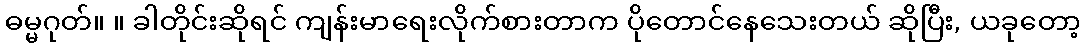
ဓမ္မဂုတ်။ ။ ခါတိုင်းဆိုရင် ကျန်းမာရေးလိုက်စားတာက ပိုတောင်နေသေးတယ် ဆိုပြီး, ယခုတော့